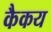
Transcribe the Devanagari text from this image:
कैकय